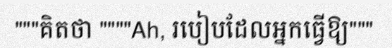
"""គិតថា """"Ah, របៀបដែលអ្នកធ្វើឱ្យ"""